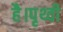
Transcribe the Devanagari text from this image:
है।पृथ्वी